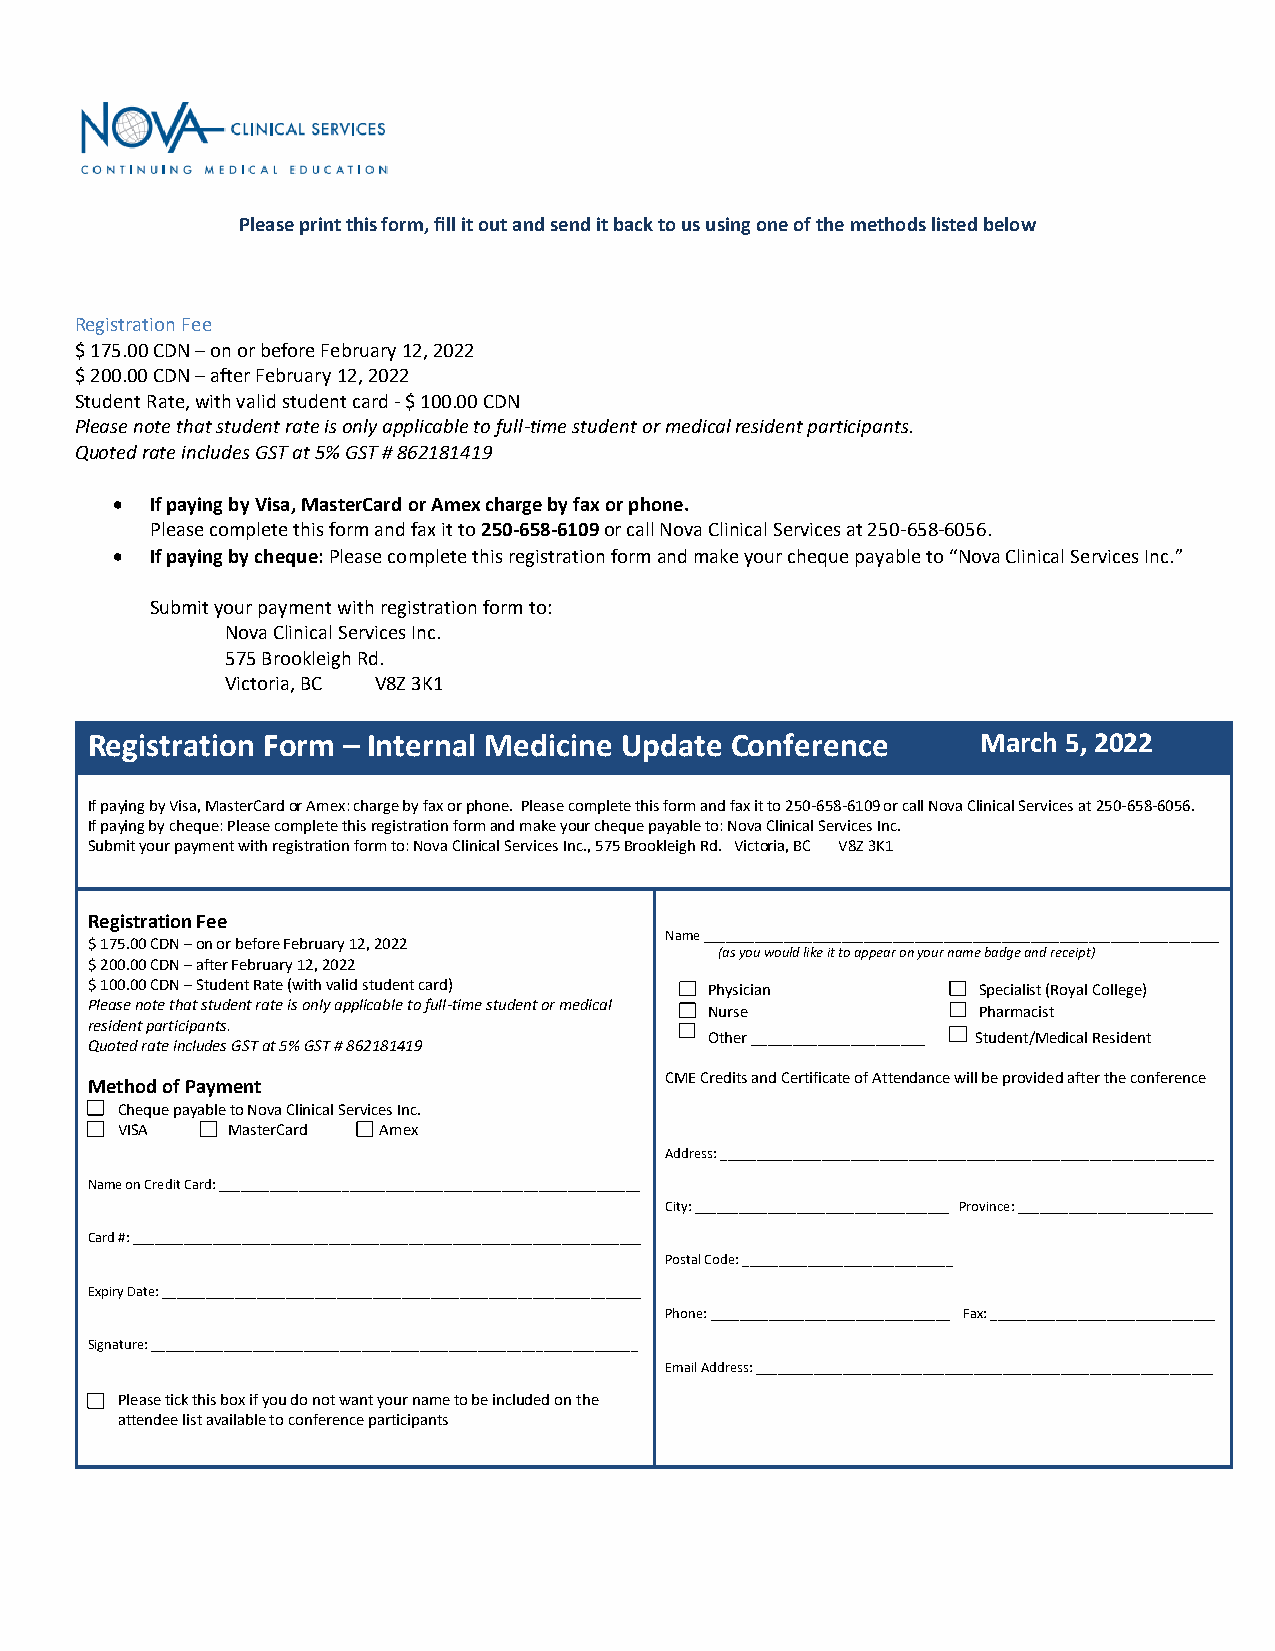
Please print this form, fill it out and send it back to us using one of the methods listed below
 Registration Fee
 $ 175.00 CDN – on or before February 12, 2022
 $ 200.00 CDN – after February 12, 2022
 Student Rate, with valid student card - $ 100.00 CDN
 Please note that student rate is only applicable to full-time student or medical resident participants.
 Quoted rate includes GST at 5% GST # 862181419
 •  If paying by Visa, MasterCard or Amex charge by fax or phone.
 Please complete this form and fax it to 250-658-6109 or call Nova Clinical Services at 250-658-6056.
 •  If paying by cheque: Please complete this registration form and make your cheque payable to “Nova Clinical Services Inc.”
 Submit your payment with registration form to:
 Nova Clinical Services Inc.
 575 Brookleigh Rd.
 Victoria, BC V8Z 3K1
 Registration Form – Internal Medicine Update Conference    March 5, 2022
 If paying by Visa, MasterCard or Amex: charge by fax or phone. Please complete this form and fax it to 250-658-6109 or call Nova Clinical Services at 250-658-6056.
 If paying by cheque: Please complete this registration form and make your cheque payable to: Nova Clinical Services Inc.
 Submit your payment with registration form to: Nova Clinical Services Inc., 575 Brookleigh Rd. Victoria, BC V8Z 3K1
 Registration Fee
 Name _______________________________________________________________________
 $ 175.00 CDN – on or before February 12, 2022
 (as you would like it to appear on your name badge and receipt)
 $ 200.00 CDN – after February 12, 2022
 $ 100.00 CDN – Student Rate (with valid student card) Physician Specialist (Royal College)
 Please note that student rate is only applicable to full-time student or medical
 Nurse             Pharmacist
 resident participants.
 Other _____________________ Student/Medical Resident
 Quoted rate includes GST at 5% GST # 862181419
 CME Credits and Certificate of Attendance will be provided after the conference
 Method of Payment
 Cheque payable to Nova Clinical Services Inc.
 VISA   MasterCard Amex
 Address: ____________________________________________________________________
 Name on Credit Card: __________________________________________________________
 City: ___________________________________ Province: ___________________________
 Card #: ______________________________________________________________________
 Postal Code: _____________________________
 Expiry Date: __________________________________________________________________
 Phone: _________________________________ Fax: _______________________________
 Signature: ___________________________________________________________________
 Email Address: _______________________________________________________________
 Please tick this box if you do not want your name to be included on the
 attendee list available to conference participants